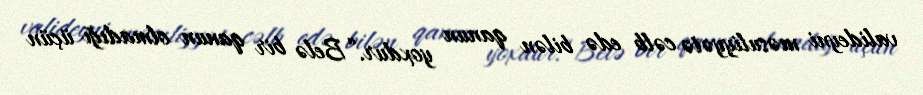
valideyni məsuliyyətə cəlb edə bilən qanun yoxdur.“Belə bir qanun olmadığı üçün